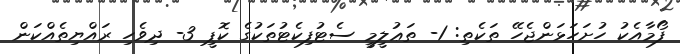
ފޯމާއެކު ހުށަހަޅަންޖެހޭ ތަކެތި: 1- ތަޢުލީމީ ސެޓުފިކެޓުތަކުގެ ކޮޕީ 3- ދިވެހި ރައްޔިތެއްކަން